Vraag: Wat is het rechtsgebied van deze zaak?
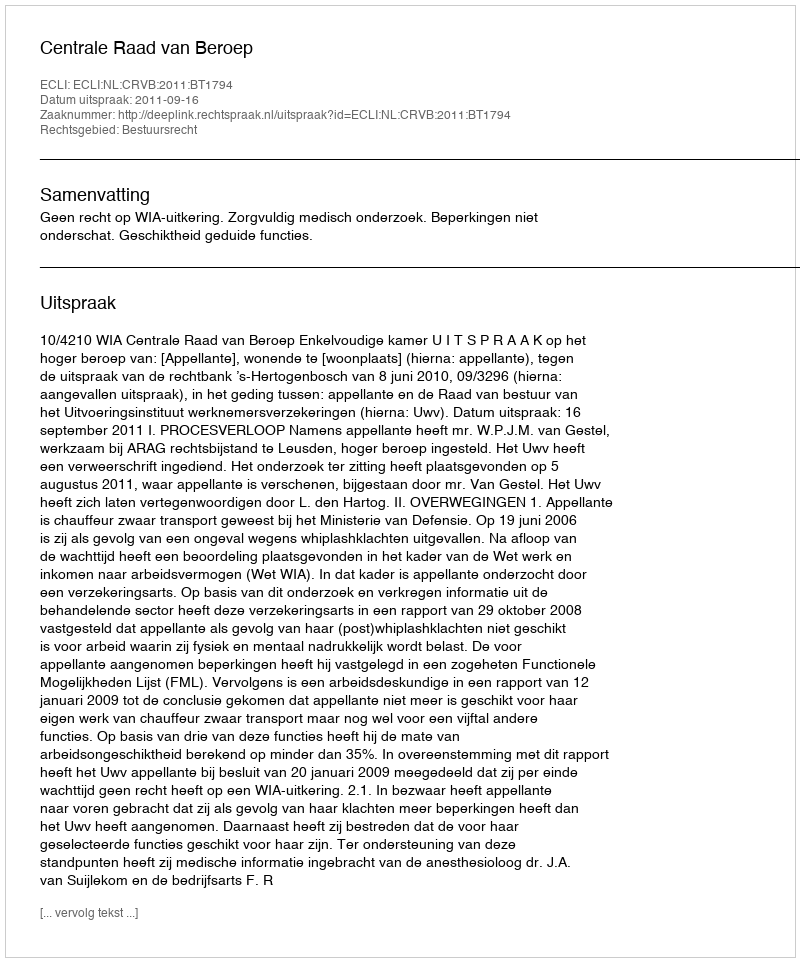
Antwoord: Bestuursrecht